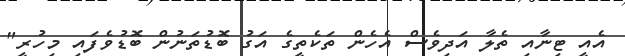
އެއީ ޓިނާއި ތެލާ އަދިވެސް އެހެން ތަކެތީގެ އަގު ބޮޑުތަނުން ބޮޑުވެފައި މިހުރީ"